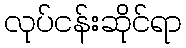
လုပ်ငန်းဆိုင်ရာ